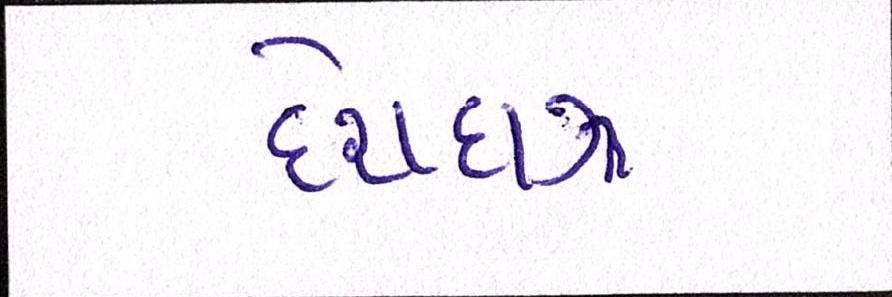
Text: દેશદાઝ